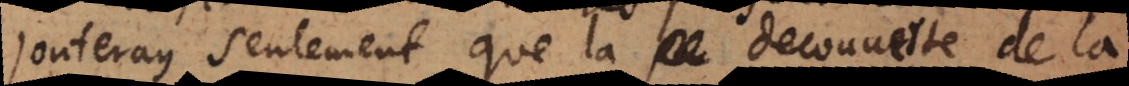
J’adjouteray seulement, que la decouverte de la